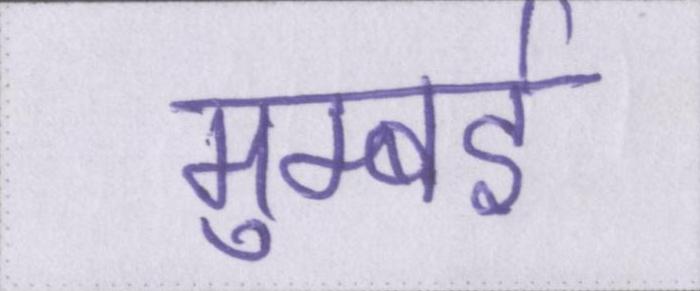
मुम्बई